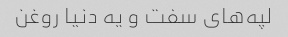
لپه‌های سفت و یه دنیا روغن